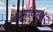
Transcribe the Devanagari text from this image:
धर्माध्यक्षः